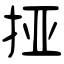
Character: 挜